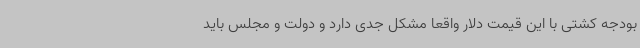
بودجه کشتی با این قیمت دلار واقعا مشکل جدی دارد و دولت و مجلس باید